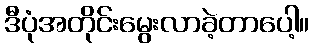
ဒီပုံအတိုင်းမွေးလာခဲ့တာပေါ့။